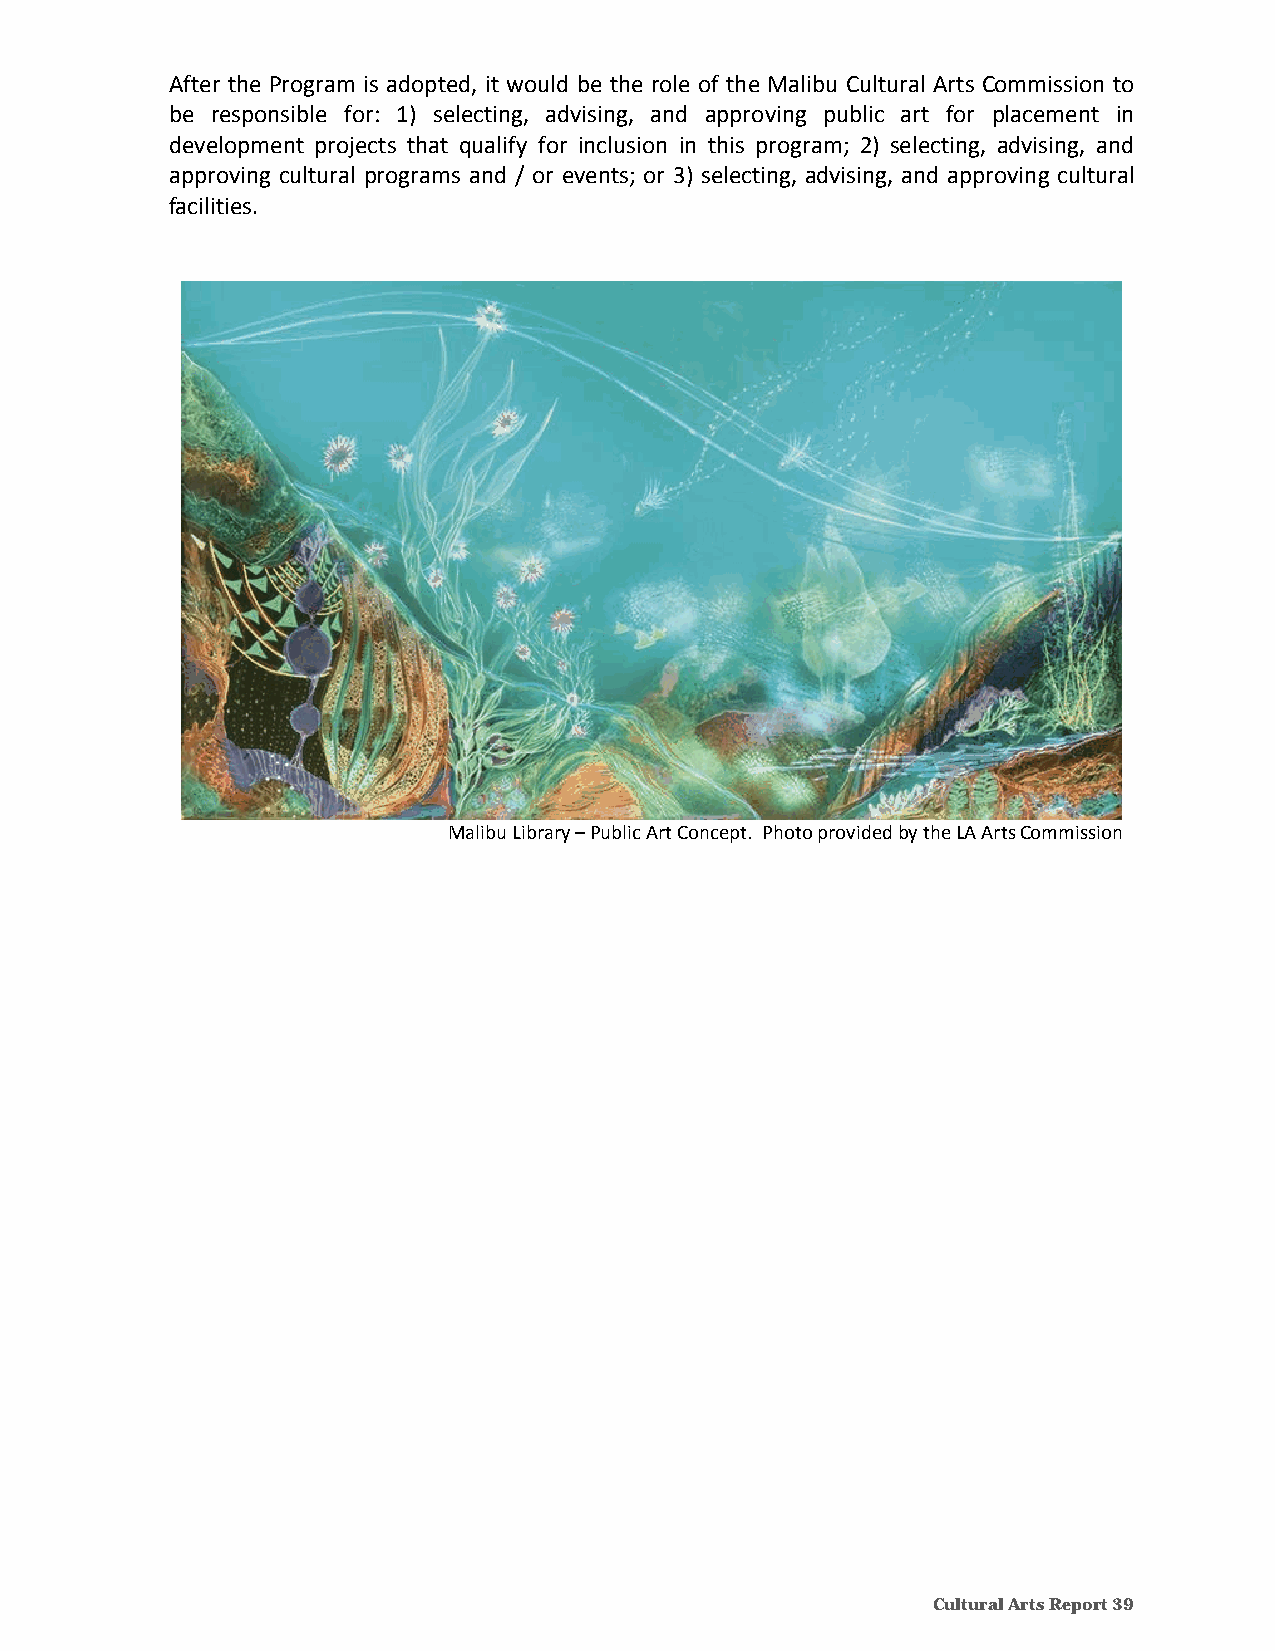
After the Program is adopted, it would be the role of the Malibu Cultural Arts Commission to
 be responsible for: 1) selecting, advising, and approving public art for placement in
 development projects that qualify for inclusion in this program; 2) selecting, advising, and
 approving cultural programs and / or events; or 3) selecting, advising, and approving cultural
 facilities.
 Malibu Library – Public Art Concept. Photo provided by the LA Arts Commission
 Cultural Arts Report 39